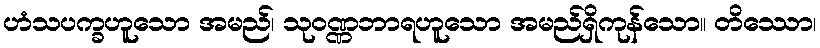
ဟံသပက္ခဟူသော အမည်၊ သုဝဏ္ဏဘာရဟူသော အမည်ရှိကုန်သော။ တိဿော၊